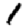
Digit: 1